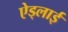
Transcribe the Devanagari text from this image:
ऐड्लाई